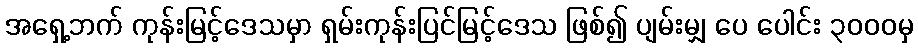
အရှေ့ဘက် ကုန်းမြင့်ဒေသမှာ ရှမ်းကုန်းပြင်မြင့်ဒေသ ဖြစ်၍ ပျမ်းမျှ ပေ ပေါင်း ၃၀၀၀မှ